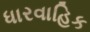
ધારવાહિક